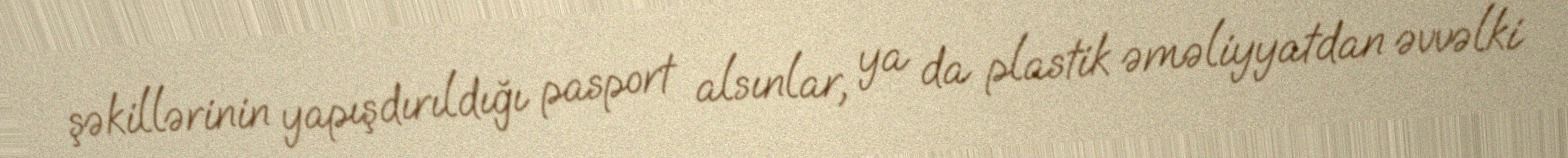
şəkillərinin yapışdırıldığı pasport alsınlar, ya da plastik əməliyyatdan əvvəlki